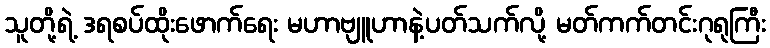
သူတို့ရဲ့ ဒရစပ်ထိုးဖောက်ရေး မဟာဗျူဟာနဲ့ပတ်သက်လို့ မတ်ကက်တင်းဂုရုကြီး